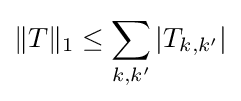
\|T\|_{1}\leq \sum _{k,k'}\left|T_{k,k'}\right|